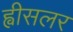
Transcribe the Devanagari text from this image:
ह्वीसलर